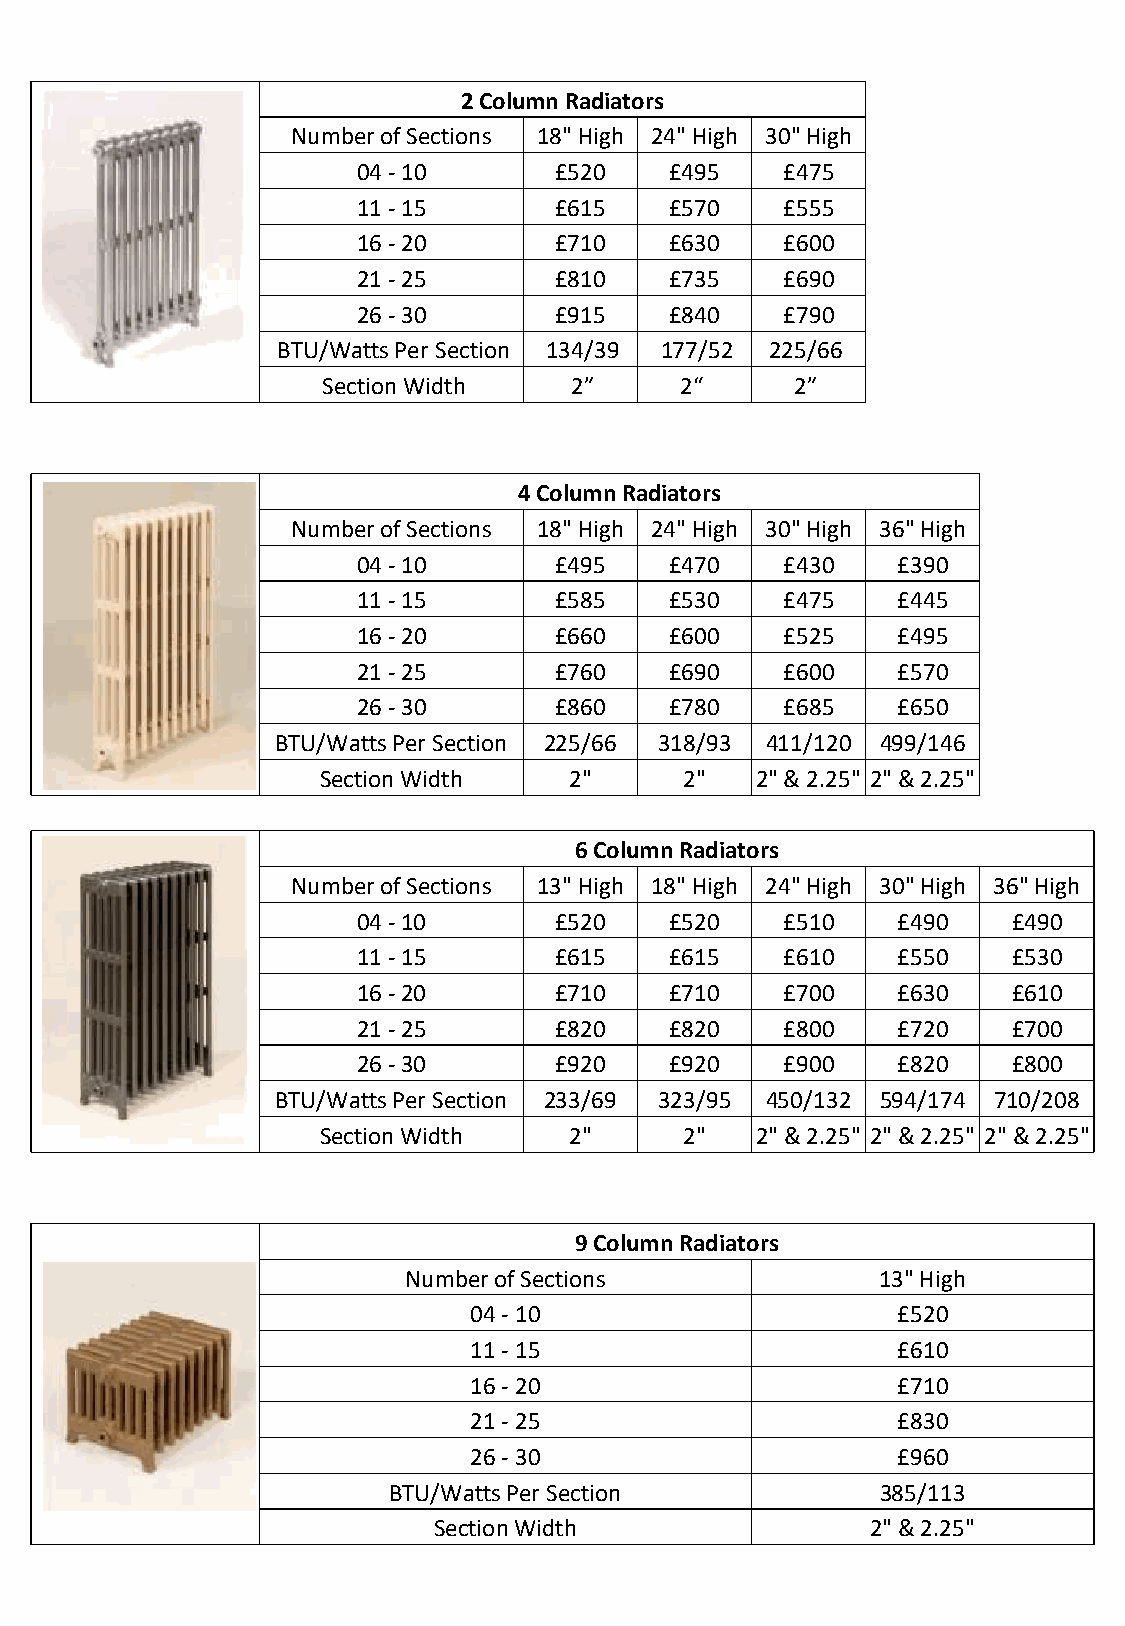
2 Column Radiators
 Number of Sections 18" High 24" High 30" High
 04 - 10      £520   £495    £475
 11 - 15      £615   £570    £555
 16 - 20      £710   £630    £600
 21 - 25      £810   £735    £690
 26 - 30      £915   £840    £790
 BTU/Watts Per Section 134/39 177/52 225/66
 Section Width    2”     2“      2”
 4 Column Radiators
 Number of Sections 18" High 24" High 30" High 36" High
 04 - 10      £495   £470    £430   £390
 11 - 15      £585   £530    £475   £445
 16 - 20      £660   £600    £525   £495
 21 - 25      £760   £690    £600   £570
 26 - 30      £860   £780    £685   £650
 BTU/Watts Per Section 225/66 318/93 411/120 499/146
 Section Width    2"     2"   2" & 2.25" 2" & 2.25"
 6 Column Radiators
 Number of Sections 13" High 18" High 24" High 30" High 36" High
 04 - 10      £520   £520    £510   £490    £490
 11 - 15      £615   £615    £610   £550    £530
 16 - 20      £710   £710    £700   £630    £610
 21 - 25      £820   £820    £800   £720    £700
 26 - 30      £920   £920    £900   £820    £800
 BTU/Watts Per Section 233/69 323/95 450/132 594/174 710/208
 Section Width    2"     2"   2" & 2.25" 2" & 2.25" 2" & 2.25"
 9 Column Radiators
 Number of Sections             13" High
 04 - 10                     £520
 11 - 15                     £610
 16 - 20                     £710
 21 - 25                     £830
 26 - 30                     £960
 BTU/Watts Per Section           385/113
 Section Width                2" & 2.25"